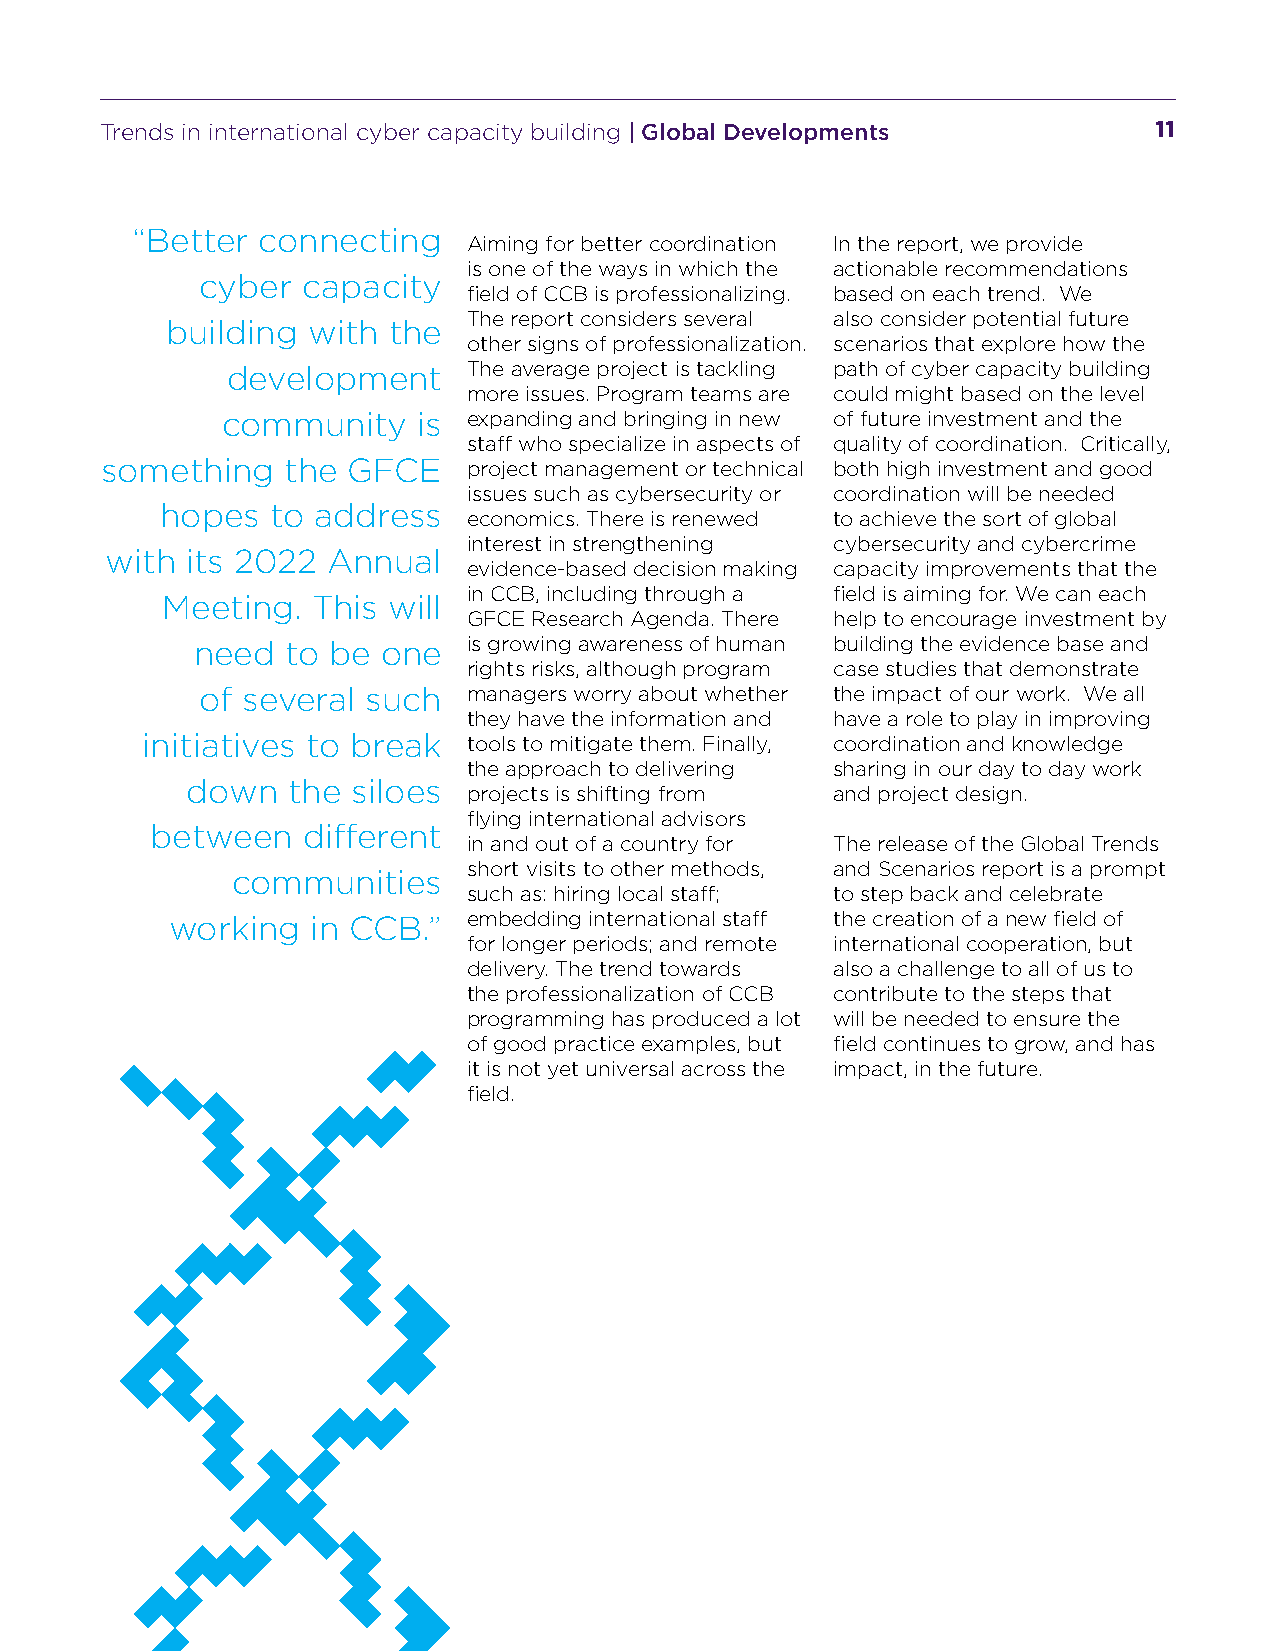
Trends in international cyber capacity building | Global Developments 11
 “Better connecting
 Aiming for better coordination In the report, we provide
 is one of the ways in which the actionable recommendations
 cyber  capacity
 field of CCB is professionalizing. based on each trend. We
 The report considers several also consider potential future
 building with  the
 other signs of professionalization. scenarios that explore how the
 development     The average project is tackling path of cyber capacity building
 more issues. Program teams are could might based on the level
 community    is expanding and bringing in new of future investment and the
 staff who specialize in aspects of quality of coordination. Critically,
 something   the GFCE    project management or technical both high investment and good
 issues such as cybersecurity or coordination will be needed
 hopes  to address
 economics. There is renewed to achieve the sort of global
 interest in strengthening cybersecurity and cybercrime
 with its 2022  Annual
 evidence-based decision making capacity improvements that the
 in CCB, including through a field is aiming for. We can each
 Meeting.  This will
 GFCE Research Agenda. There help to encourage investment by
 need  to be one   is growing awareness of human building the evidence base and
 rights risks, although program case studies that demonstrate
 of several such   managers worry about whether the impact of our work. We all
 they have the information and have a role to play in improving
 initiatives to break  tools to mitigate them. Finally, coordination and knowledge
 the approach to delivering sharing in our day to day work
 down   the siloes
 projects is shifting from and project design.
 flying international advisors
 between   different
 in and out of a country for The release of the Global Trends
 short visits to other methods, and Scenarios report is a prompt
 communities
 such as: hiring local staff; to step back and celebrate
 working   in CCB.”  embedding international staff the creation of a new field of
 for longer periods; and remote international cooperation, but
 delivery. The trend towards also a challenge to all of us to
 the professionalization of CCB contribute to the steps that
 programming has produced a lot will be needed to ensure the
 of good practice examples, but field continues to grow, and has
 it is not yet universal across the impact, in the future.
 field.